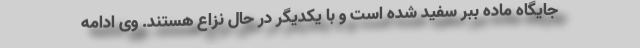
جایگاه ماده ببر سفید شده است و با یکدیگر در حال نزاع هستند. وی ادامه